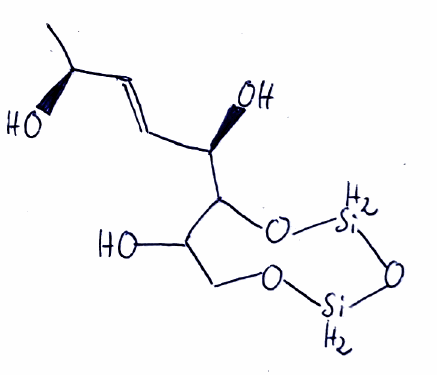
Simplified molecular-input line-entry system (SMILES) notation of the given molecule:
C[C@@H](/C=C/[C@H](C1C(CO[SiH2]O[SiH2]O1)O)O)O